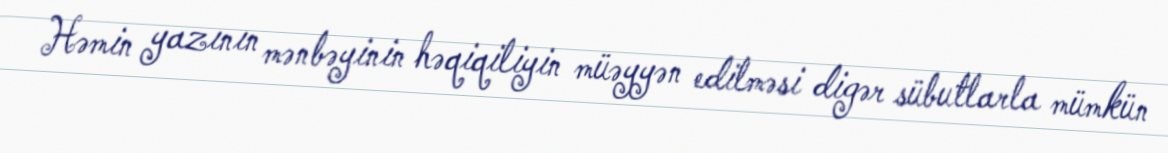
Həmin yazının mənbəyinin həqiqiliyin müəyyən edilməsi digər sübutlarla mümkün